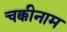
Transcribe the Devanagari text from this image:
चक्कीनाम